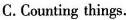
C.Counting things.